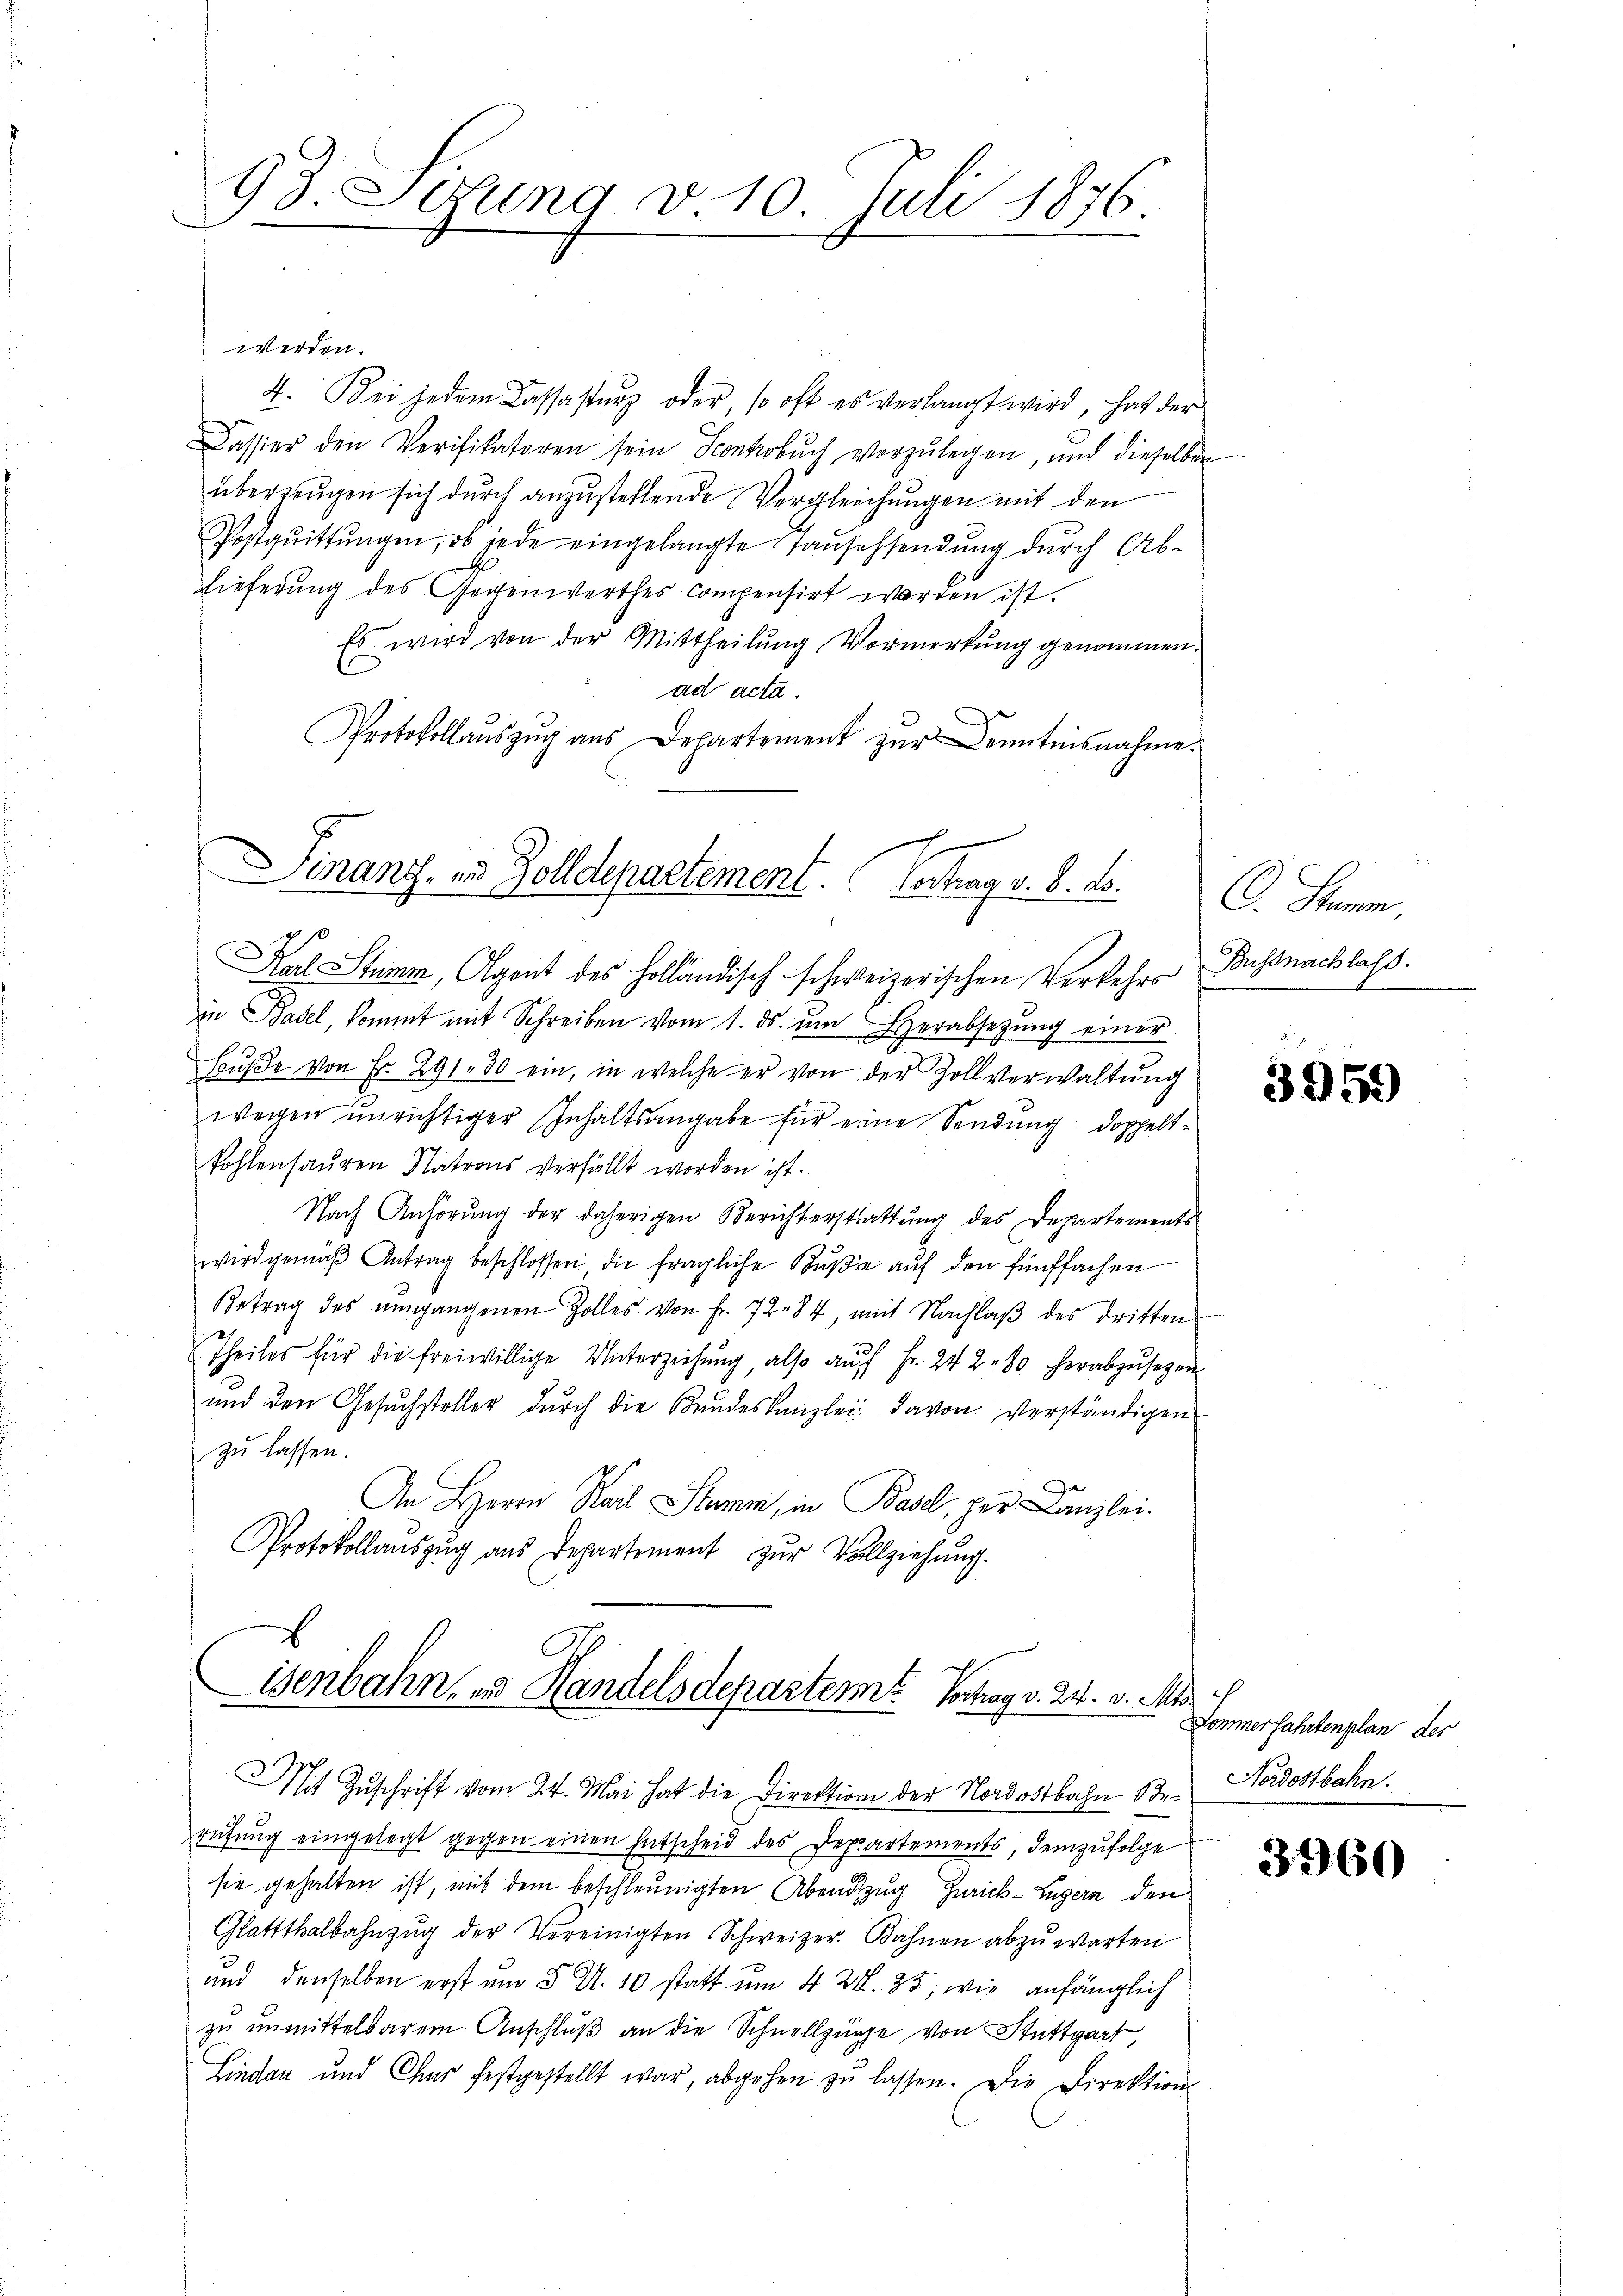
93. Lesung v. 10. Juli 1876.

werden.
4. Bei jedem Cassastŭng oder, so oft es verlangt wird, hat der
Cassier den Verifikatoren sein Sconkobuch vorzulegen, und dieselben
überzeugen sich durch anzustellende Vergleichungen mit den
Postqŭittŭngen, ob jede eingelangte Tansehsendŭng dŭrch Ab-
Lieferung des Gegenwerthes compensirt worden ist.
Es wird von der Mittheilung Vormerkung genommen.
ad acta.
Protokollauszug aus Departement zur Kenntnisnahme.
Kal Stamm, Agent des Holländisch schweizerischen Verkehrs
in Basel, kommt mit Schreiben vom 1. ds. ŭm Herabsetzŭng einer
Bŭβe von Fr. 291. 30 ein, in welche er von der Zollverwaltŭng
wegen unrichtiger Inhaltsangabe für eine Sendung doppeltfohlensauren Natrons verfällt worden ist.
Nach Anhörŭng der daherigen Berichterstrattŭng des Departements
wird gemäβ Antrag beschlossen die fragliche Bŭβe aŭf den fünffachen
Betrag des ŭmgangenen Zolles von Fr. 72. 84, mit Nachlaβ des dritten
Theiles für die freiwillige Unterziehung also auf Fr. 242. 80 herabzusehen
und den Gesuchsteller durch die Bundeskanzlei davon verständigen
zu lassen.
An Herrn Nach Stamm, in Basel, her Canzlei.
Protokollaŭszŭg ans Departement zŭr Vollziehung.

Finanz. u. Zolldepartement. Vertrag v. 8. d.

isenbahn, in Handelsdepartem Vortrag d. 24. v. M.

Mit Zŭschrift vom 24. Mai hat die Direktion der Nordostbahn Berüfŭng eingelegt gegen einen Entscheid des Departements, demzufolge
sie gehalten ist, mit dem beschleunigten Abendzug Zürich–Luzern den
Glattthalbahnzŭg der Vereinigten Schweizer. Bahnen abzŭwarten
und denselben erst um 5 N. 10 statt um 4 Zl. 35, wie anfänglich
zu unmittelbarem Anschluß an die Schnellzüge von Stuttgart
Lindau und Chur festgestellt war, abgehen zŭ lassen. Die Direktion

C. Stamm
Bussnachlass.

3959

Dommerfahrtenplan der
Nordostbahn.

3960